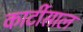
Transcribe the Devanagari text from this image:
कार्टीसाल